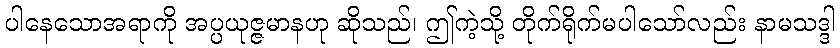
ပါနေသောအရာကို အပ္ပယုဇ္ဇမာနဟု ဆိုသည်၊ ဤကဲ့သို့ တိုက်ရိုက်မပါသော်လည်း နာမသဒ္ဒါ